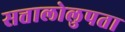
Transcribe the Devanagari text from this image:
सत्तालोलुपता